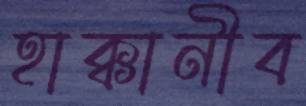
হাক্কানীব